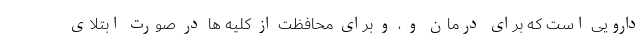
دارویی است که برای درمان و ، و برای محافظت از کلیه ها در صورت ابتلای